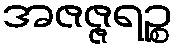
အဇဇ္ဇရဉ္စ